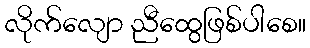
လိုက်လျော ညီထွေဖြစ်ပါစေ။